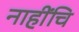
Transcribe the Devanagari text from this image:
नाहींचि